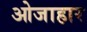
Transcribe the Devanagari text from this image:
ओजाहार